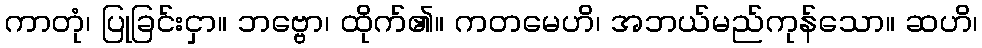
ကာတုံ၊ ပြုခြင်းငှာ။ ဘဗ္ဗော၊ ထိုက်၏။ ကတမေဟိ၊ အဘယ်မည်ကုန်သော။ ဆဟိ၊